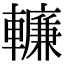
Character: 𨎷